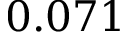
0 . 0 7 1